King Institute of Preventive Medicine Micro-Biological Section reports 1909-11
Year: 1909
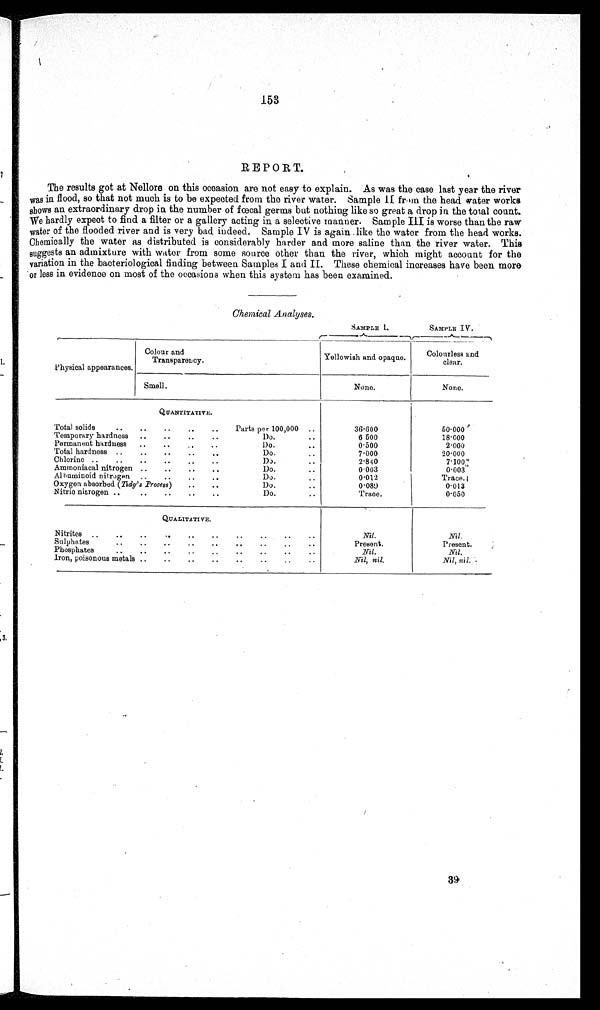
153
REPORT.
The results got at Nellore on this occasion are not easy to explain. As was the case last year the river
was in flood, so that not much is to be expected from the river water. Sample II from the head water works
shows an extraordinary drop in the number of fœcal germs but nothing like so great a drop in the total count.
We hardly expect to find a filter or a gallery acting in a selective manner. Sample III is worse than the raw
water of the flooded river and is very bad indeed. Sample IV is again .like the water from the head works.
Chemically the water as distributed is considerably harder and more saline than the river water. This
suggests an admixture with water from some source other than the river, which might account for the
variation in the bacteriological finding between Samples I and II. These chemical increases have been more
or less in evidence on most of the occasions when this system has been examined.
Chemical Analyses.
SAMPLE I.
SAMPLE IV.
P hysical appearances.
Colour and
Transparency.
Yellowish and opaque.
Colourless and
clear.
Smell.
None.
None.
QUANTITATIVE.
Total solids
..
..
,.
..
Parts per 100,000 ..
36·600
50·000
18·600
Temporary hardness ..
..
, •
..
Do...
6 500
Permanent hardness
..
..
Do...
0 · 5 0 0
2·000
Total hardness ..
..
..
..
..
Do.. ..
7 · 0 0 0
20·000
Chlorine ..
..
..
..
..
..
Do ...
2 . 840
7·100
0·003
Ammoniacal nitrogen ..
..
..
..
Do.
..
0 · 0 0 3
Albuminoid nitrogen ..
..
..
..
Do...
0 · 0 1 2
Trace.
Oxygen absorbed (Tidy's _Process)
. .
..
1)o...
0·089
0·013
0·050
Nitric nitrogen ..
Do.. .
Trace.
QUALITATIVE.
Nitrites ..
..
..
..
..
..
..
..
Nil
.
Nil.
Sulphates
..
..
..
..
..
..
..
..
..
Present.
Present.
Phosphates
..
..
..
..
..
..
..
..
..
Nil.
Nil.
Iron, poisonous metals ..
..
..
..
..
..
..
..
Nil, nil.
Nil, nil.
3 9
39,